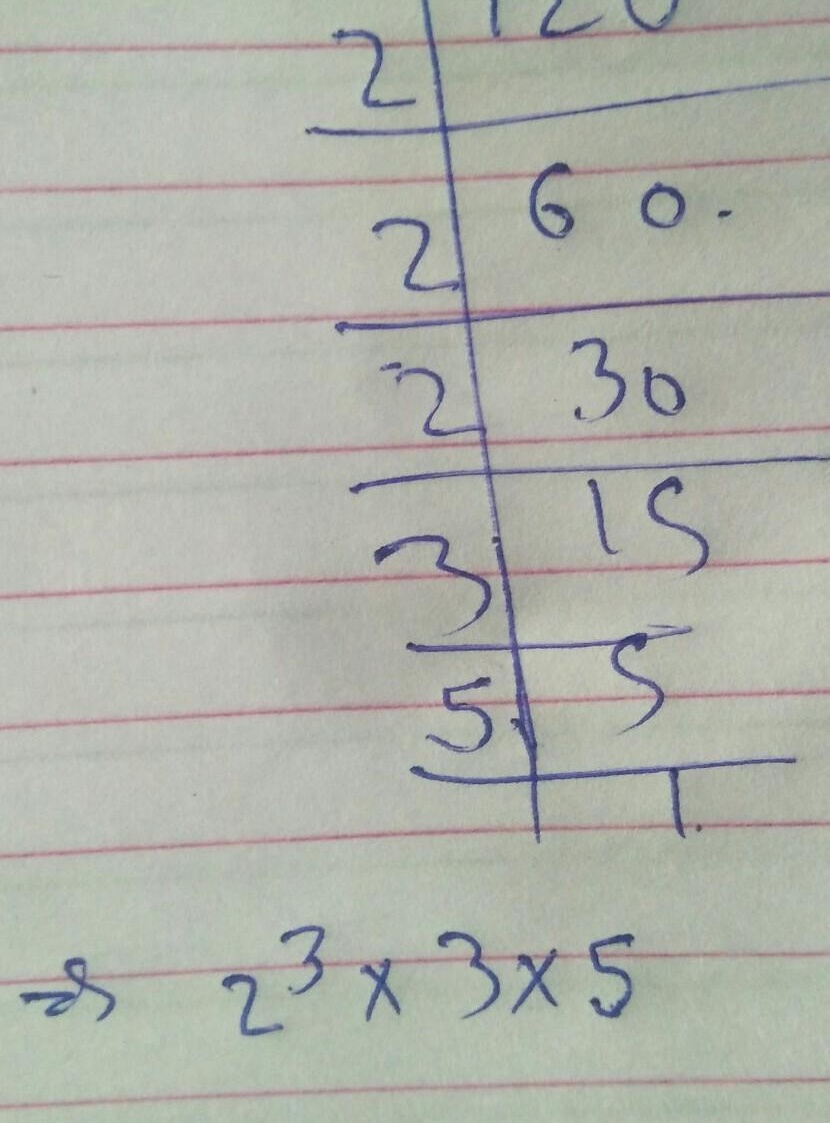
\[
\begin{array}{c|c}
2 & 120 \\
\hline
2 & 60 \\
\hline
2 & 30 \\
\hline
2 & 15 \\
\hline
3 & 5 \\
\hline
5 & 1
\end{array}
\]
\(\Rightarrow 2^{3}\times3\times5\)